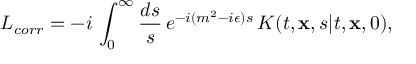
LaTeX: { \cal L } _ { c o r r } = - i \, \int _ { 0 } ^ { \infty } { \frac { d s } { s } } \, e ^ { - i ( m ^ { 2 } - i \epsilon ) s } \, K ( t , { \bf x } , s \vert t , { \bf x } , 0 ) ,